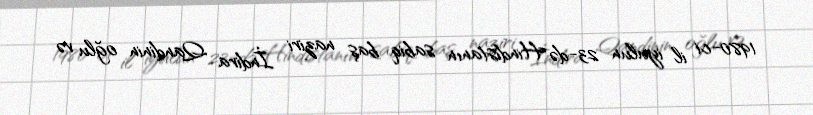
1980-ci il iyulun 23-də Hindistanın sabiq baş naziri İndira Qandinin oğlu və